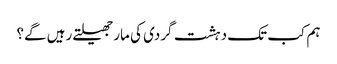
ہم کب تک دہشت گردی کی مار جھیلتے رہیں گے؟